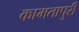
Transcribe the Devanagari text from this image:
कामतापुरी